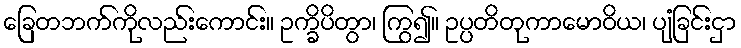
ခြေတဘက်ကိုလည်းကောင်း။ ဥက္ခိပိတွာ၊ ကြွ၍။ ဥပ္ပတိတုကာမောဝိယ၊ ပျံခြင်းငှာ